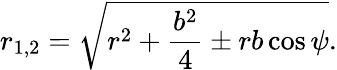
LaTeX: r_{1,2}=\sqrt{r^{2}+\frac{b^{2}}{4}\pm rb\cos\psi}.